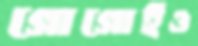
গোগোইও